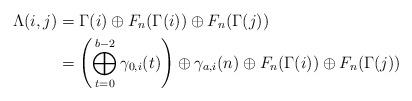
LaTeX: \begin{align*}\Lambda(i,j)&=\Gamma(i)\oplus F_n(\Gamma(i))\oplus F_n(\Gamma(j))\\&=\left(\bigoplus_{t=0}^{b-2}\gamma_{0,i}(t)\right)\oplus \gamma_{a,i}(n)\oplus F_n(\Gamma(i))\oplus F_n(\Gamma(j))\end{align*}